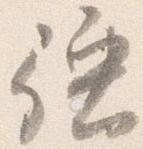
強